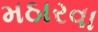
મઠારવા